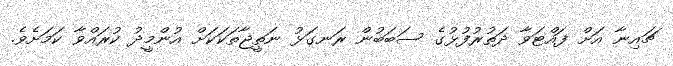
ޗައިނާ އަށް ފައްޓަވާ ދަތުރުފުޅުގެ ސަބަބުން ރަނގަޅު ނަތީޖާތަކަކަށް އުންމީދު ކުރައްވާ ކަމަށެވެ.